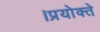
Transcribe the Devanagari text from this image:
।प्रयोक्ते